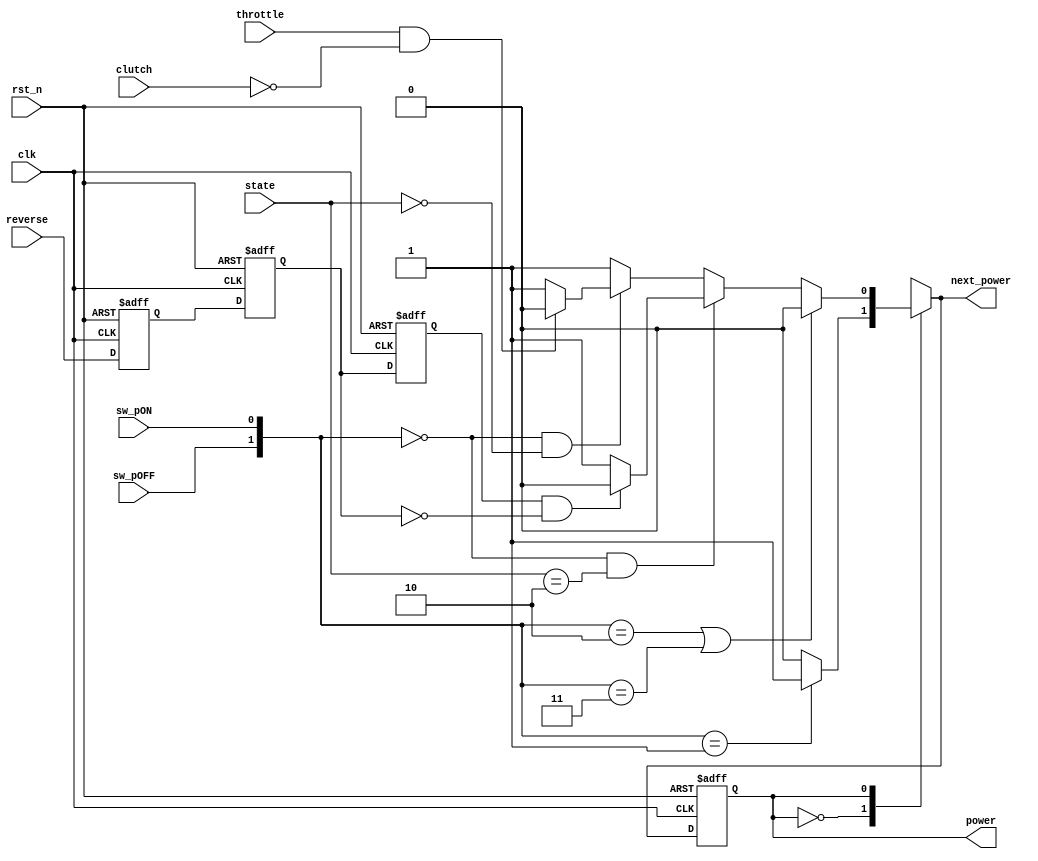
module power(
    input clk,
    input rst_n,
    input sw_pOFF,
    input sw_pON,
    input clutch,
    input throttle,
    input reverse,
    input [1:0] state,
    output reg power,
    output reg next_power
    );

parameter S0 = 2'b00, S1 = 2'b01, S2 = 2'b10;//S0 NS, S1 S, S2 M
wire posReverse;
wire negReverse;
reg trig1;
reg trig2;
reg trig3;
   always @(posedge clk, negedge rst_n) begin
       if(!rst_n) {trig1,trig2,trig3} <= 3'b000;
       else begin
           trig1 <= reverse;
           trig2 <= trig1;
           trig3 <= trig2;
       end
   end
   assign posReverse = (~trig3)&trig2;
   assign negReverse = trig3&(~trig2);

   always @(posedge clk, negedge rst_n) begin
       if(!rst_n) power <= 1'b0;
       else power <= next_power;
   end

   always @(*) begin
       case(power)
           1'b0:
               if({sw_pOFF, sw_pON} == 2'b01) next_power = 1'b1;
               else next_power = 1'b0;
           1'b1:
               if({sw_pOFF, sw_pON} == 2'b10 || {sw_pOFF, sw_pON} == 2'b11) next_power = 1'b0;
               else if({sw_pOFF, sw_pON} == 2'b00 && state == S2) begin
                   if(posReverse) next_power = 1'b0;
                   else next_power = 1'b1;
                   if(negReverse) next_power = 1'b0;
                   else next_power = 1'b1;
               end
               else if({sw_pOFF, sw_pON} == 2'b00 && state == S0) begin
                   if(throttle&(~clutch)) next_power = 1'b0;
                   else next_power = 1'b1;
               end
               else next_power = 1'b1;
       endcase
   end
//     always @(power,sw_pOFF,sw_pON) begin
//         case(power)
//             1'b0:
//                 if({sw_pOFF, sw_pON} == 2'b01) next_power = 1'b1;
//                 else next_power = 1'b0;
//             1'b1:
//                 if({sw_pOFF, sw_pON} == 2'b10 || {sw_pOFF, sw_pON} == 2'b11) next_power = 1'b0;
//                 else next_power = 1'b1;
//         endcase
//     end
endmodule